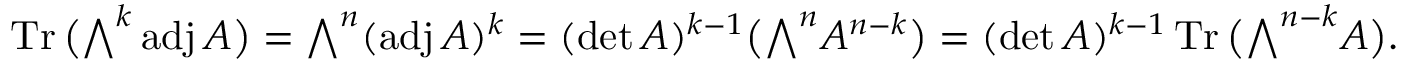
\operatorname { T r } { \bigl ( } { \textstyle \bigwedge } ^ { k } \operatorname { a d j } A { \bigr ) } = { \textstyle \bigwedge } ^ { n } ( \operatorname { a d j } A ) ^ { k } = ( \operatorname* { d e t } A ) ^ { k - 1 } { \bigl ( } { \textstyle \bigwedge } ^ { n } A ^ { n - k } { \bigr ) } = ( \operatorname* { d e t } A ) ^ { k - 1 } \operatorname { T r } { \bigl ( } { \textstyle \bigwedge } ^ { n - k } A { \bigr ) } .